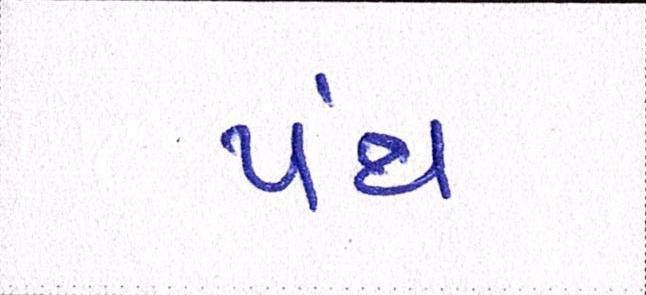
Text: પંથ